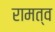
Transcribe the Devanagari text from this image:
रामत्व